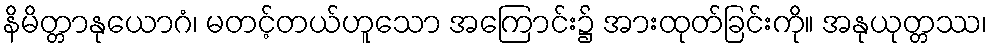
နိမိတ္တာနုယောဂံ၊ မတင့်တယ်ဟူသော အကြောင်း၌ အားထုတ်ခြင်းကို။ အနုယုတ္တဿ၊